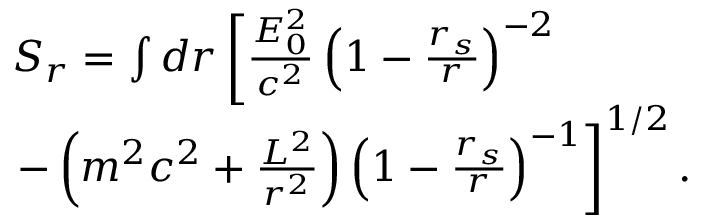
\begin{array} { l } { S _ { r } = \int d r \left[ \frac { { \cal { E } } _ { 0 } ^ { 2 } } { c ^ { 2 } } \left( 1 - \frac { r _ { s } } { r } \right) ^ { - 2 } \right. } \\ { \left. - \left( m ^ { 2 } c ^ { 2 } + \frac { { \cal { L } } ^ { 2 } } { r ^ { 2 } } \right) \left( 1 - \frac { r _ { s } } { r } \right) ^ { - 1 } \right] ^ { 1 / 2 } . } \end{array}